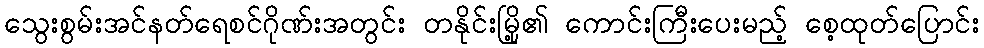
သွေးစွမ်းအင်နတ်ရေစင်ဂိုဏ်းအတွင်း တနိုင်းမြို့၏ ကောင်းကြီးပေးမည့် စေ့ထုတ်ပြောင်း